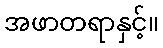
အဖာတရာနှင့်။